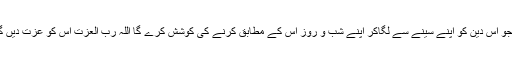
اب جو اس دین کو اپنے سینے سے لگاکر اپنے شب و روز اس کے مطابق کرنے کی کوشش کرے گا اللہ رب العزت اس کو عزت دیں گے۔